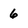
Character: 6